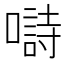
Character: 𡀗